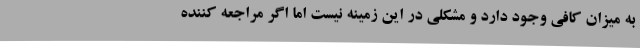
به میزان کافی وجود دارد و مشکلی در این زمینه نیست اما اگر مراجعه کننده